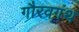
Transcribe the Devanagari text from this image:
गौरवगंथ